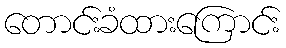
တောင်းခံထားကြောင်း